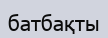
батбақты